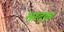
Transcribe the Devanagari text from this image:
भादक